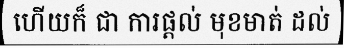
ហើយក៏ ជា ការផ្តល់ មុខមាត់ ដល់